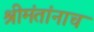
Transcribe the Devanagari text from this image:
श्रीमंतांनाच